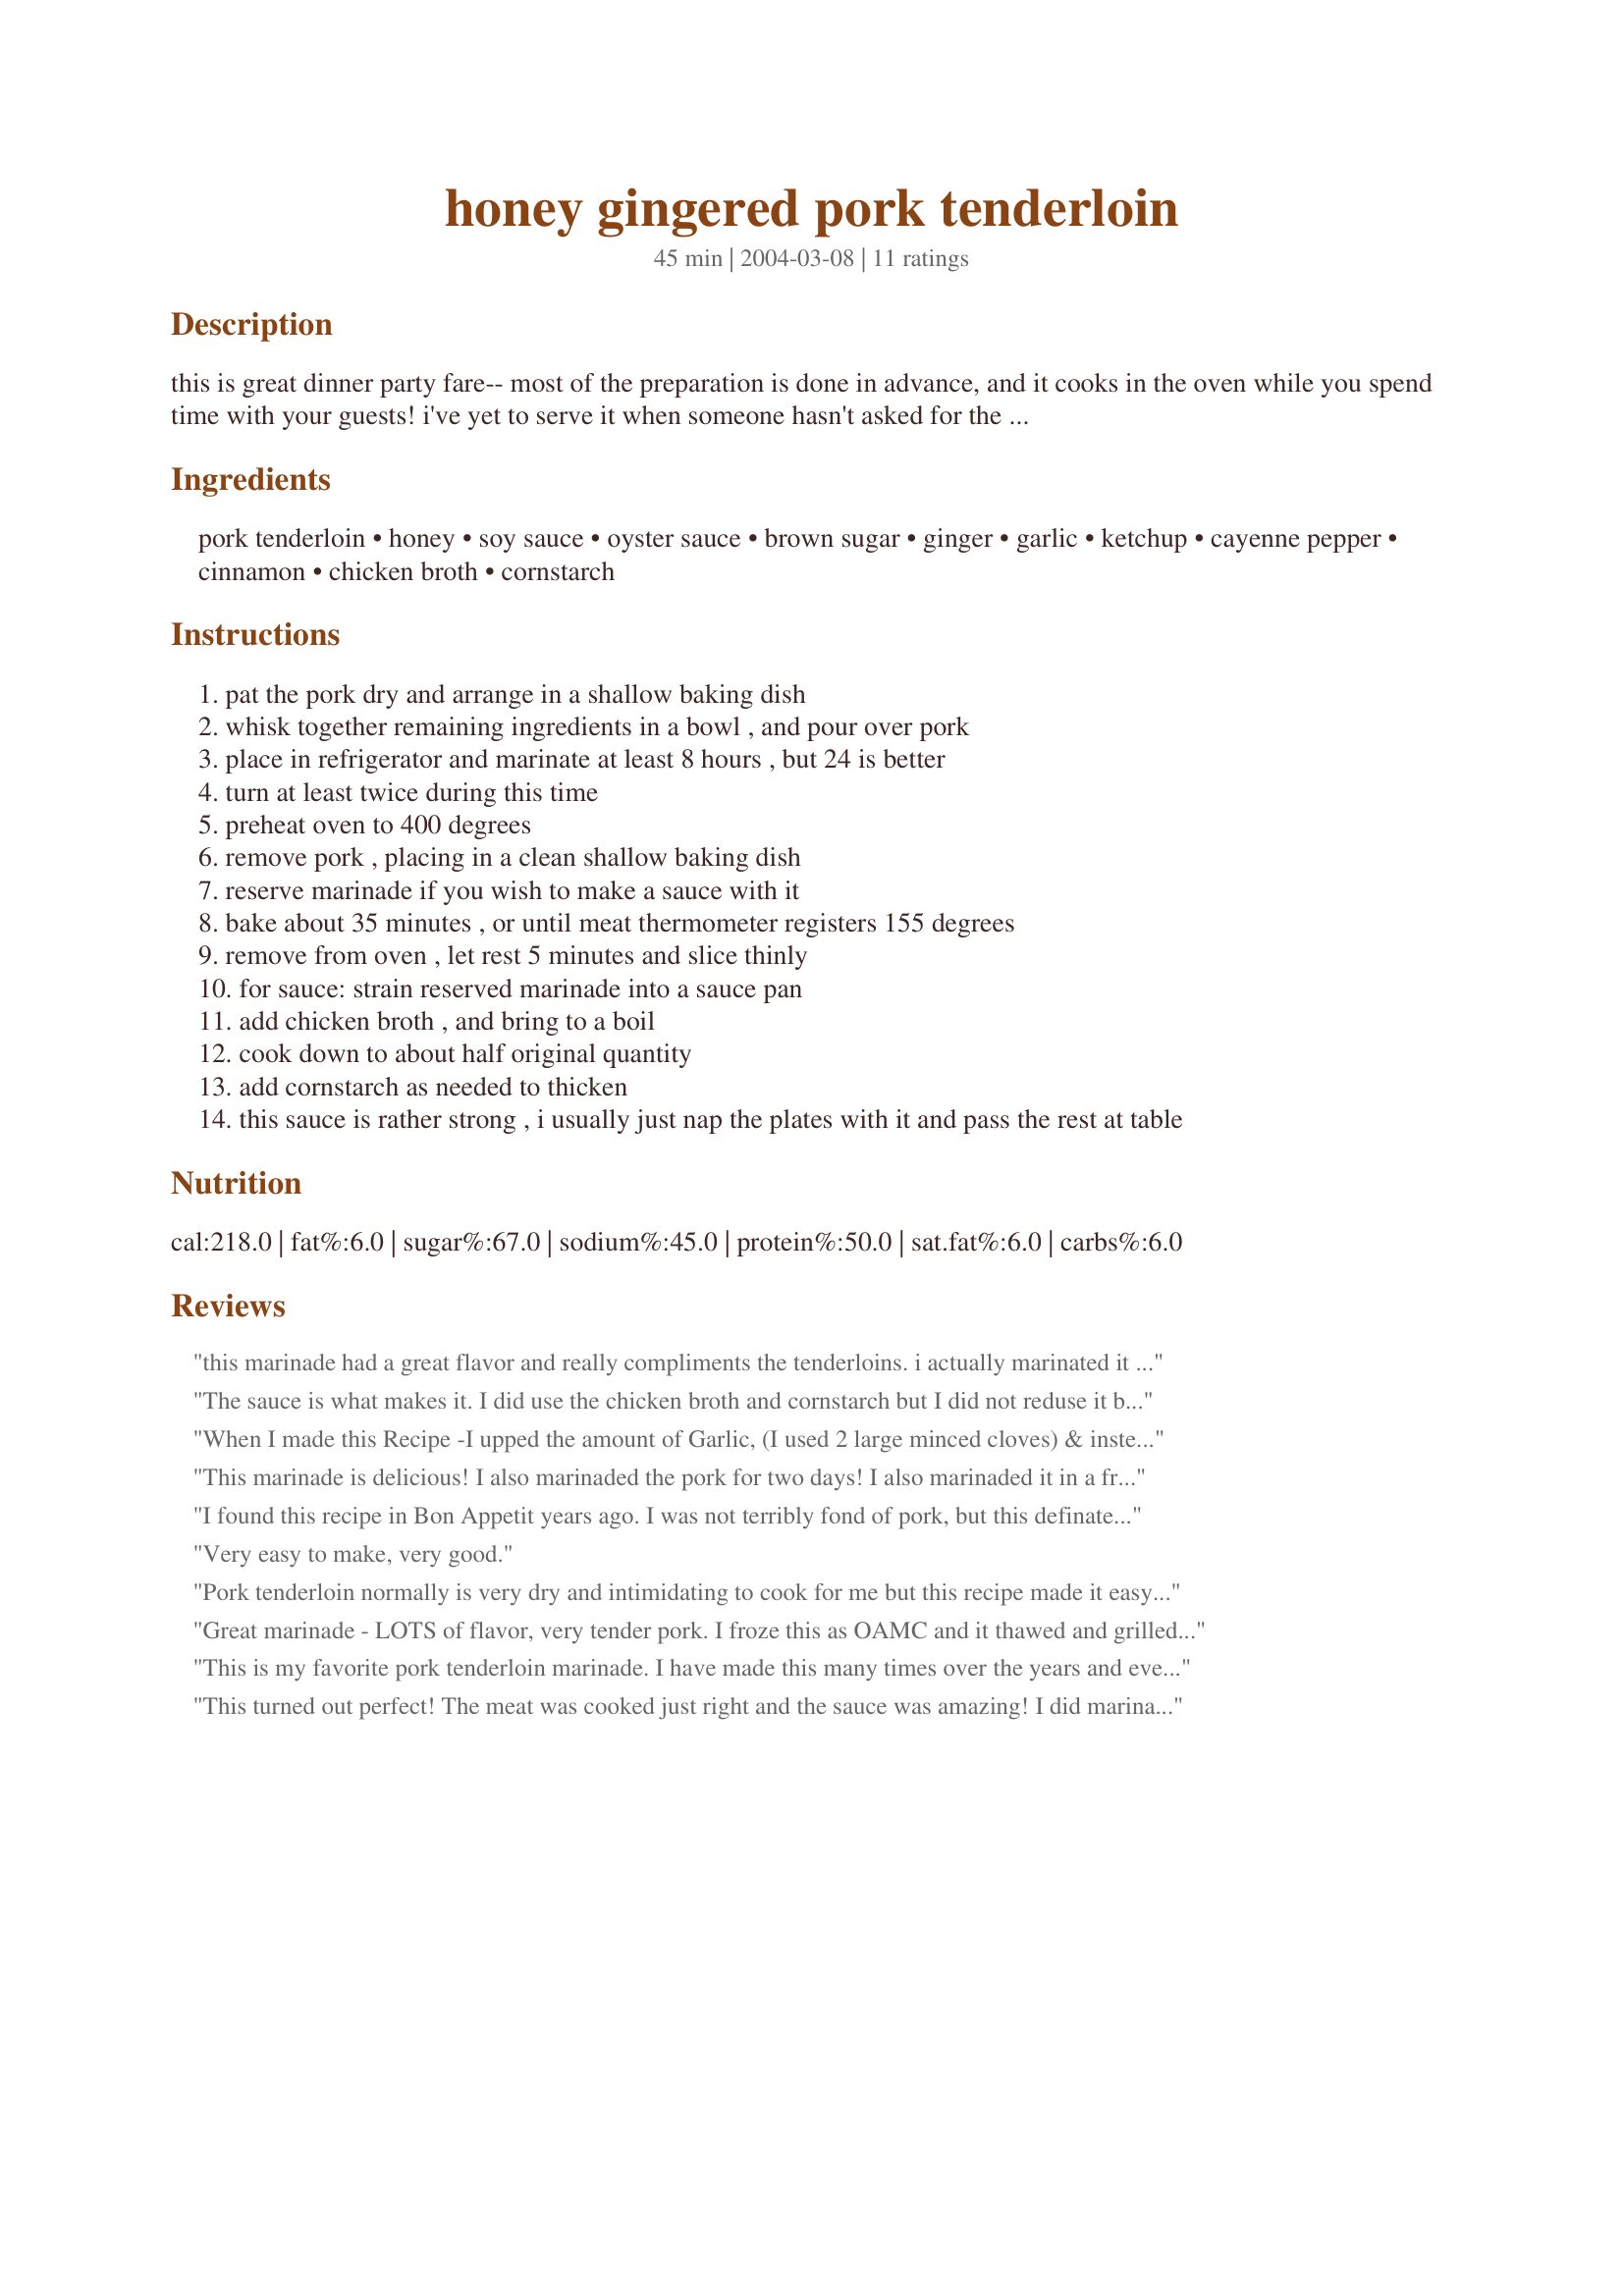
honey gingered pork tenderloin
Preparation time: 45 minutes

this is great dinner party fare-- most of the preparation is done in advance, and it cooks in the oven while you spend time with your guests! i've yet to serve it when someone hasn't asked for the recipe. it will remind you a bit of barbecued ribs at a chinese restaurant. an excellent accompaniment to this dish is cranberry-orange sauce (see my other recipes).

Ingredients:
pork tenderloin, honey, soy sauce, oyster sauce, brown sugar, ginger, garlic, ketchup, cayenne pepper, cinnamon, chicken broth, cornstarch

Steps:
pat the pork dry and arrange in a shallow baking dish
whisk together remaining ingredients in a bowl , and pour over pork
place in refrigerator and marinate at least 8 hours , but 24 is better
turn at least twice during this time
preheat oven to 400 degrees
remove pork , placing in a clean shallow baking dish
reserve marinade if you wish to make a sauce with it
bake about 35 minutes , or until meat thermometer registers 155 degrees
remove from oven , let rest 5 minutes and slice thinly
for sauce: strain reserved marinade into a sauce pan
add chicken broth , and bring to a boil
cook down to about half original quantity
add cornstarch as needed to thicken
this sauce is rather strong , i usually just nap the plates with it and pass the rest at table

Reviews:
this marinade had a great flavor and really compliments the tenderloins. i actually marinated it for 2 days, as we wound up going out, and the long marinating really adds to the flavor.i added marinade while cooking, this was juicy and didn't need extra sauce.
The sauce is what makes it. I did use the chicken broth and cornstarch but I did not reduse it by half. I simply brought it to a boil and added the stock and thickener. I did use all the ingredients listed but substituted Chinese 5 spice for the cinnamon and did not measure anything scientifically by any stretch of the imagination. The sauce reminded my guest of peanut satay sauce. I served it with steamed rice that had some onion garlic and sun-dried tomato added to it and grilled zucchini. It was really delicious...and I ate too much! Thank you for posting.
When I made this Recipe -I upped the amount of Garlic, (I used 2 large minced cloves) & instead of the cinamon & cayenne pepper - I substituted 1/2 tsp. of Chinese 5 Spice as well as cutting the very spicy Oyster sauce in half. I let the Pork marinate in a heavy duty ziploc bag overnight and it was very delicious - only cook the pork until the meat thermometer reaches 150 degrees, otherwise your pork will be dry and overcooked. Let the meat rest after taking it out of the oven, about 5-10 minutes. If you leave the meat thermometer inserted while the meat rests, you'll notice that the temperature of the meat will continue to rise about 5 to 10 degrees. This will allow the meat to retain its juices - the dipping sauce is very good, and a little goes a long way. Excellent recipe which I will also try on chicken.
This marinade is delicious! I also marinaded the pork for two days! I also marinaded it in a freezer bag so about four times I just mixed it by kneading the bag, plus the bag is sealed to keep in the flavor. This taste is just like the marinade the Chinese restaurants use for their chicken and beef teriyaki's on a stick. YUMMM
Thanks FlemishMinx
I found this recipe in Bon Appetit years ago. I was not terribly fond of pork, but this definately changed my mind on pork tenderloin. I did not make it with the sauce, as I am terribly cautious about cooking with liquids that meat have been in (just a personal preference). Overall, a wonderful recipe.
Very easy to make, very good.
Pork tenderloin normally is very dry and intimidating to cook for me but this recipe made it easy and the flavor is very nice and tasty. Thanks for posting it.
Great marinade - LOTS of flavor, very tender pork. I froze this as OAMC and it thawed and grilled perfectly. Leftovers the next day were excellent.
This is my favorite pork tenderloin marinade. I have made this many times over the years and everyone I have served it to loves it. I grill mine, rather than bake it. I baste it several times and turn it frequently for a total of about 20 minutes cooking time depending on the size of the tenderloin. This is an outstanding recipe! Thanks for posting.
This turned out perfect! The meat was cooked just right and the sauce was amazing! I did marinate for a full 24 hrs and removed from oven when meat registered 150 degrees, then let rest for 10 minutes.
I've made this twice now and both times it was for groups of people who all loved it. We ended up grilling it both times. I definitely recommend making the sauce as well - it was sooo delicious. My 4-year-old nephew loved it so much he ate about 5 slices of the pork with the sauce on it! I'd never even made pork before and now I'm a convert. Thanks for the recipe!
